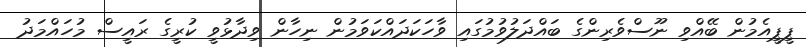
ޕީޕީއެމުން ބޭއްވި ނޫސްވެރިންގެ ބައްދަލުވުމުގައި ވާހަކަދައްކަވަމުން ނިހާން ވިދާޅުވީ ކުރީގެ ރައީސް މުހައްމަދު